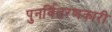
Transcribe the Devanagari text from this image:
पुनर्वितरणकारी